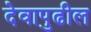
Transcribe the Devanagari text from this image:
देवापुढील